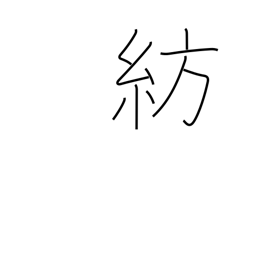
Meaning: spinning